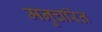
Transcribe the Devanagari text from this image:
मनुचरित